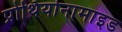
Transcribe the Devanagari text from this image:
प्रोथियोनामाइड